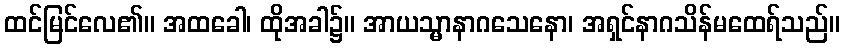
ထင်မြင်လေ၏။ အထခေါ၊ ထိုအခါ၌။ အာယသ္မာနာဂသေနော၊ အရှင်နာဂသိန်မထေရ်သည်။